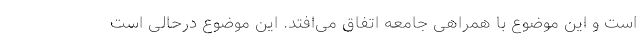
است و این موضوع با همراهی جامعه اتفاق می‌افتد. این موضوع درحالی است